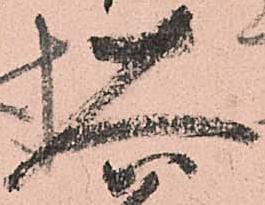
大